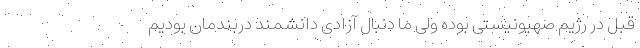
قبل در رژیم صهیونیستی بوده ولی ما دنبال آزادی دانشمند دربندمان بودیم